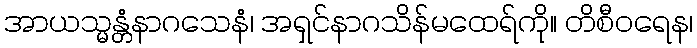
အာယသ္မန္တံနာဂသေနံ၊ အရှင်နာဂသိန်မထေရ်ကို။ တိစီဝရေန၊